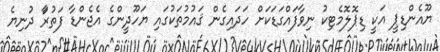
ޔޫއެންޑިޕީ އަކީ ޑިޕޮލޮމެޓިކު ނިވާފައްގަޑަކަށް ހަދައިގެން ޤައުމުތަކުގައި ޔަހޫދީންގެ އެޖެންޑާ ފަތުރަާ ދުނިޔެ